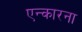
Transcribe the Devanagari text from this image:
एन्कारना